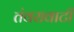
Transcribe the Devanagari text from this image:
तंवरावाटी